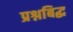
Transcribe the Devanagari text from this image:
प्रश्नबिद्ध